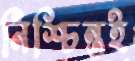
নিশ্চিন্তই